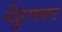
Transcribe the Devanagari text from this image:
मेहूणकर